system: You are a helpful assistant.
user:
Analyze the provided spectrum to determine if it is a **S-type Star**.

- **Key Indicators for S-type Star:**

    - **(Overall Spectrum Shape):** The first and most obvious characteristic is the overall continuum (the "baseline" shape). It is **extremely "red-sloping,"** meaning the flux (light intensity) is very low on the left side (blue, ~4000-4500 Å) and rises steeply and continuously toward the right side (red, ~7000 Å+).

    - **(Primary):** The spectrum is defined by the presence of strong, broad molecular absorption "valleys" (bands) from **Zirconium Oxide (ZrO)**. The identification of these bands is the **primary requirement** for classifying a star as S-type.
        - **(Key Bandheads):** You must find distinct, deep "dips" where the light has been absorbed. The most critical band systems to locate are:
            - **~6474 Å** ($\gamma$-system): This is often the strongest and clearest ZrO feature, found in the red part of the spectrum.
            - **~5718 Å** & **~5551 Å** ($\beta$-system): A pair of prominent absorption features in the yellow-orange part of the spectrum.
            - **~4640 Å** ($\alpha$-system): A key absorption band system in the blue-green region of the spectrum.

    - **(Secondary Confirmation):** The classification is strengthened by finding additional absorption bands from other related heavy element oxides, which are expected to be present alongside ZrO.
        - **(Key Bandheads):**
            - **Yttrium Oxide (YO):** Look for absorption dips near **~4800 Å** and **~6100 Å**.
            - **Lanthanum Oxide (LaO):** Additional absorption features, particularly in the red-orange part of the spectrum, are also characteristic.

    - **(Line Profile):** The combination of the steep red continuum and these numerous, deep molecular bands (ZrO, YO, etc.) gives the entire spectrum a very **"chopped-up"** or **"bumpy"** appearance. Instead of a smooth curve, the spectrum looks as though large, wide chunks of light have been "carved out" of it at the specific wavelengths listed above.

Think first, call **spectral_visualization_tool** if needed to examine features in detail, then provide your final answer. Your response must adhere to the following strict rules:
1.  **Overall Structure:** Your response must follow the format `<think>...</think> <tool_call>...</tool_call> (if a tool is used) <answer>...</answer>`.
2.  **Tool Usage Constraint:** You may only make **one** tool call per turn.
3.  **Final Answer Format:** In the `<answer>` tag, your conclusion must be inside a `\boxed{}` command (e.g., `\boxed{YES}` or `\boxed{NO}`), followed by your justification.

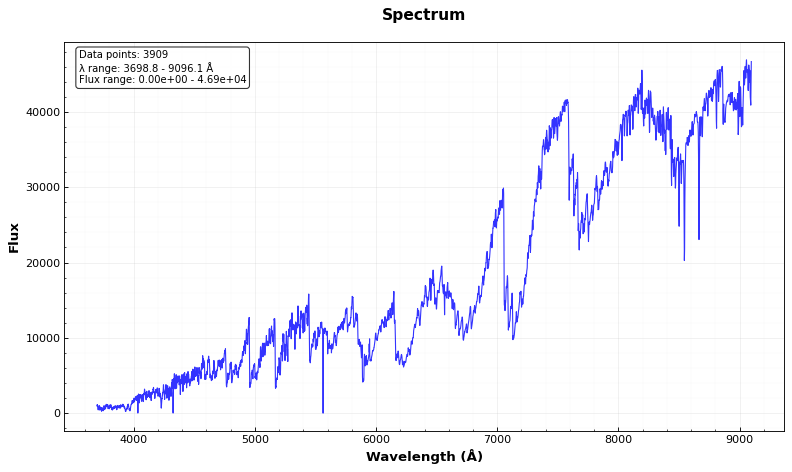
Answer: YES